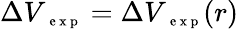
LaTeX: \Delta V_{\mathrm{~\scriptsize~e~x~p~}}=\Delta V_{\mathrm{~\scriptsize~e~x~p~}}(r)